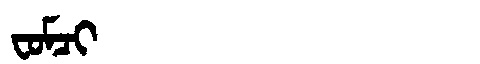
Manchu: ᠸᠣᠮᠴᡳ
Romanization: FOMCI